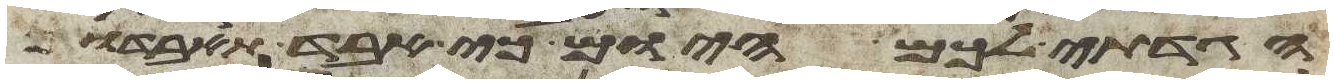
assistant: הגדתי לכם היום כי אבד תאבדון